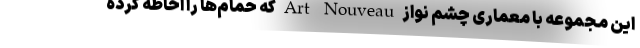
این مجموعه با معماری چشم نواز Art Nouveau که حمام‌ها را احاطه کرده